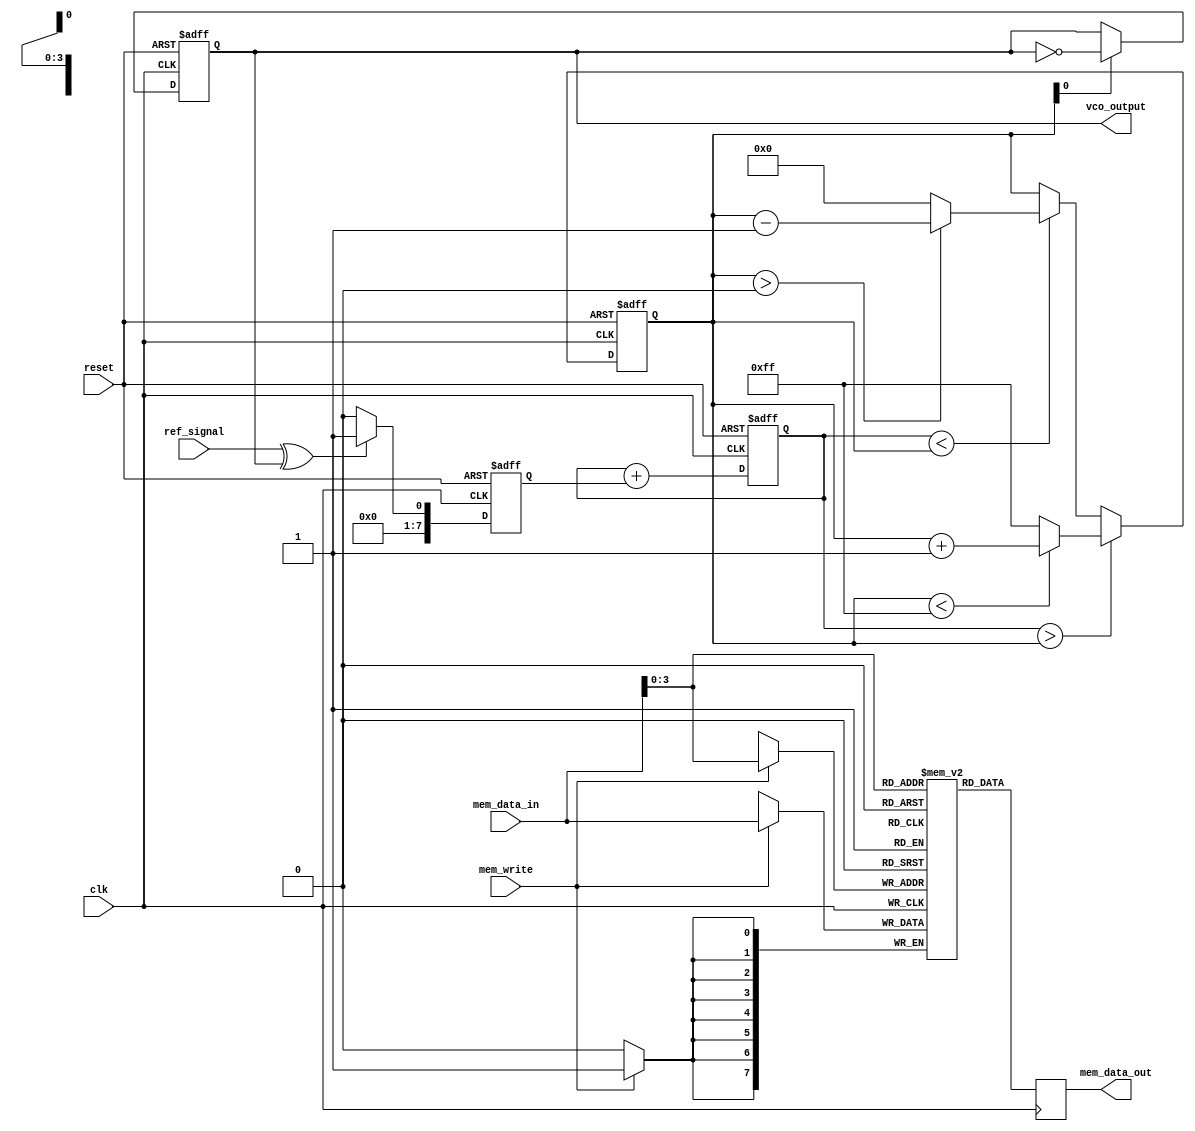
module dpll (
    input wire clk,                // Main clock
    input wire reset,              // Reset signal
    input wire ref_signal,         // Reference signal input
    output reg vco_output,         // Output of the VCO
    output reg [7:0] mem_data_out, // Memory output
    input wire [7:0] mem_data_in,  // Memory input
    input wire mem_write           // Memory write enable
);

// Parameter Definitions
parameter VCO_MAX_FREQ = 8'd255; // Max frequency output of VCO
parameter VCO_MIN_FREQ = 8'd0;    // Min frequency output of VCO

// Internal Registers
reg [7:0] vco_freq;               // Current frequency of the VCO
reg [7:0] error_signal;           // Error signal from phase detector
reg [7:0] control_voltage;         // Control voltage for VCO
reg [7:0] loop_filter_output;      // Output of the loop filter

// Memory Block (simple register array)
reg [7:0] memory_block [0:15];    // 16x8 memory block

// Phase Detector
always @(posedge clk or posedge reset) begin
    if (reset) begin
        error_signal <= 8'd0;
    end else begin
        // Simple XOR phase detector (for illustration)
        error_signal <= (ref_signal ^ vco_output) ? 8'd1 : 8'd0; // Phase difference
    end
end

// Loop Filter (Simple Integrator)
always @(posedge clk or posedge reset) begin
    if (reset) begin
        loop_filter_output <= 8'd0;
    end else begin
        loop_filter_output <= loop_filter_output + error_signal; // Integrate error
    end
end

// Voltage-Controlled Oscillator (VCO)
always @(posedge clk or posedge reset) begin
    if (reset) begin
        vco_freq <= VCO_MIN_FREQ;
        vco_output <= 1'b0; // Initial output
    end else begin
        // Control VCO frequency based on loop filter output
        if (loop_filter_output > vco_freq) begin
            vco_freq <= (vco_freq < VCO_MAX_FREQ) ? vco_freq + 1 : VCO_MAX_FREQ;
        end else if (loop_filter_output < vco_freq) begin
            vco_freq <= (vco_freq > VCO_MIN_FREQ) ? vco_freq - 1 : VCO_MIN_FREQ;
        end
        // Generate VCO output based on frequency
        vco_output <= (vco_freq[0] == 1'b1) ? ~vco_output : vco_output; // Simple toggling
    end
end

// Memory Block Control
always @(posedge clk) begin
    if (mem_write) begin
        memory_block[mem_data_in[3:0]] <= mem_data_in; // Write data into memory
    end
    mem_data_out <= memory_block[mem_data_in[3:0]]; // Read data from memory
end

endmodule